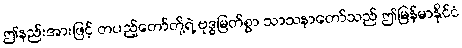
ဤနည်းအားဖြင့် တပည့်တော်တို့ရဲ့ ဗုဒ္ဓမြတ်စွာ သာသနာတော်သည် ဤမြန်မာနိုင်ငံ